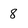
Character: 8